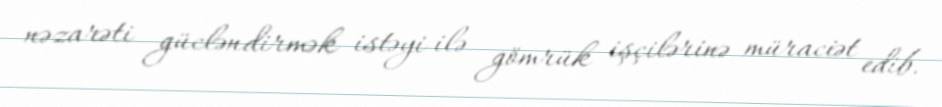
nəzarəti gücləndirmək istəyi ilə gömrük işçilərinə müraciət edib.